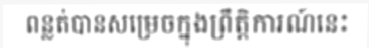
ពន្លត់បានសម្រេចក្នុងព្រឹត្តិការណ៍នេះ